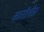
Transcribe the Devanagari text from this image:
मार्गोलीस